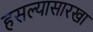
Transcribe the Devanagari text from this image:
हसल्यासारखा